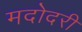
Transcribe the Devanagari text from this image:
मदोदरी